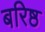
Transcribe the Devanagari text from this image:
बरिष्ठ